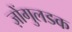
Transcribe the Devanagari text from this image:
ज़ोंगुलडक